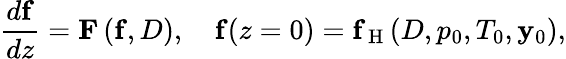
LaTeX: \frac{d\mathbf{f}}{dz}=\mathbf{F}\left(\mathbf{f},D\right),\quad\mathbf{f}(z=0)=\mathbf{f}_{\mathrm{~H~}}(D,p_{0},T_{0},\mathbf{y}_{0}),